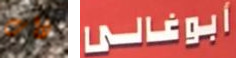
ذات أبوغالى